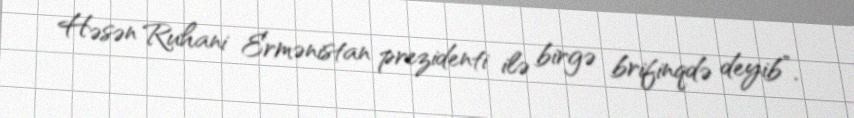
Həsən Ruhani Ermənistan prezidenti ilə birgə brifinqdə deyib”.